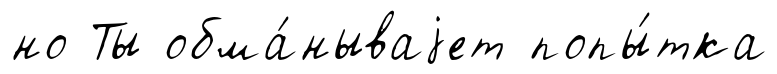
но Ты обма́нываjет попы́тка